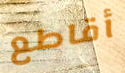
أقاطع